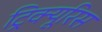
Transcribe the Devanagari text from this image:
ट्रिक्यूरिस